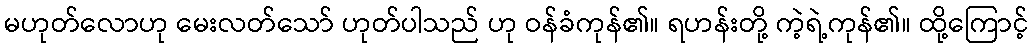
မဟုတ်လောဟု မေးလတ်သော် ဟုတ်ပါသည် ဟု ဝန်ခံကုန်၏။ ရဟန်းတို့ ကဲ့ရဲ့ကုန်၏။ ထို့ကြောင့်